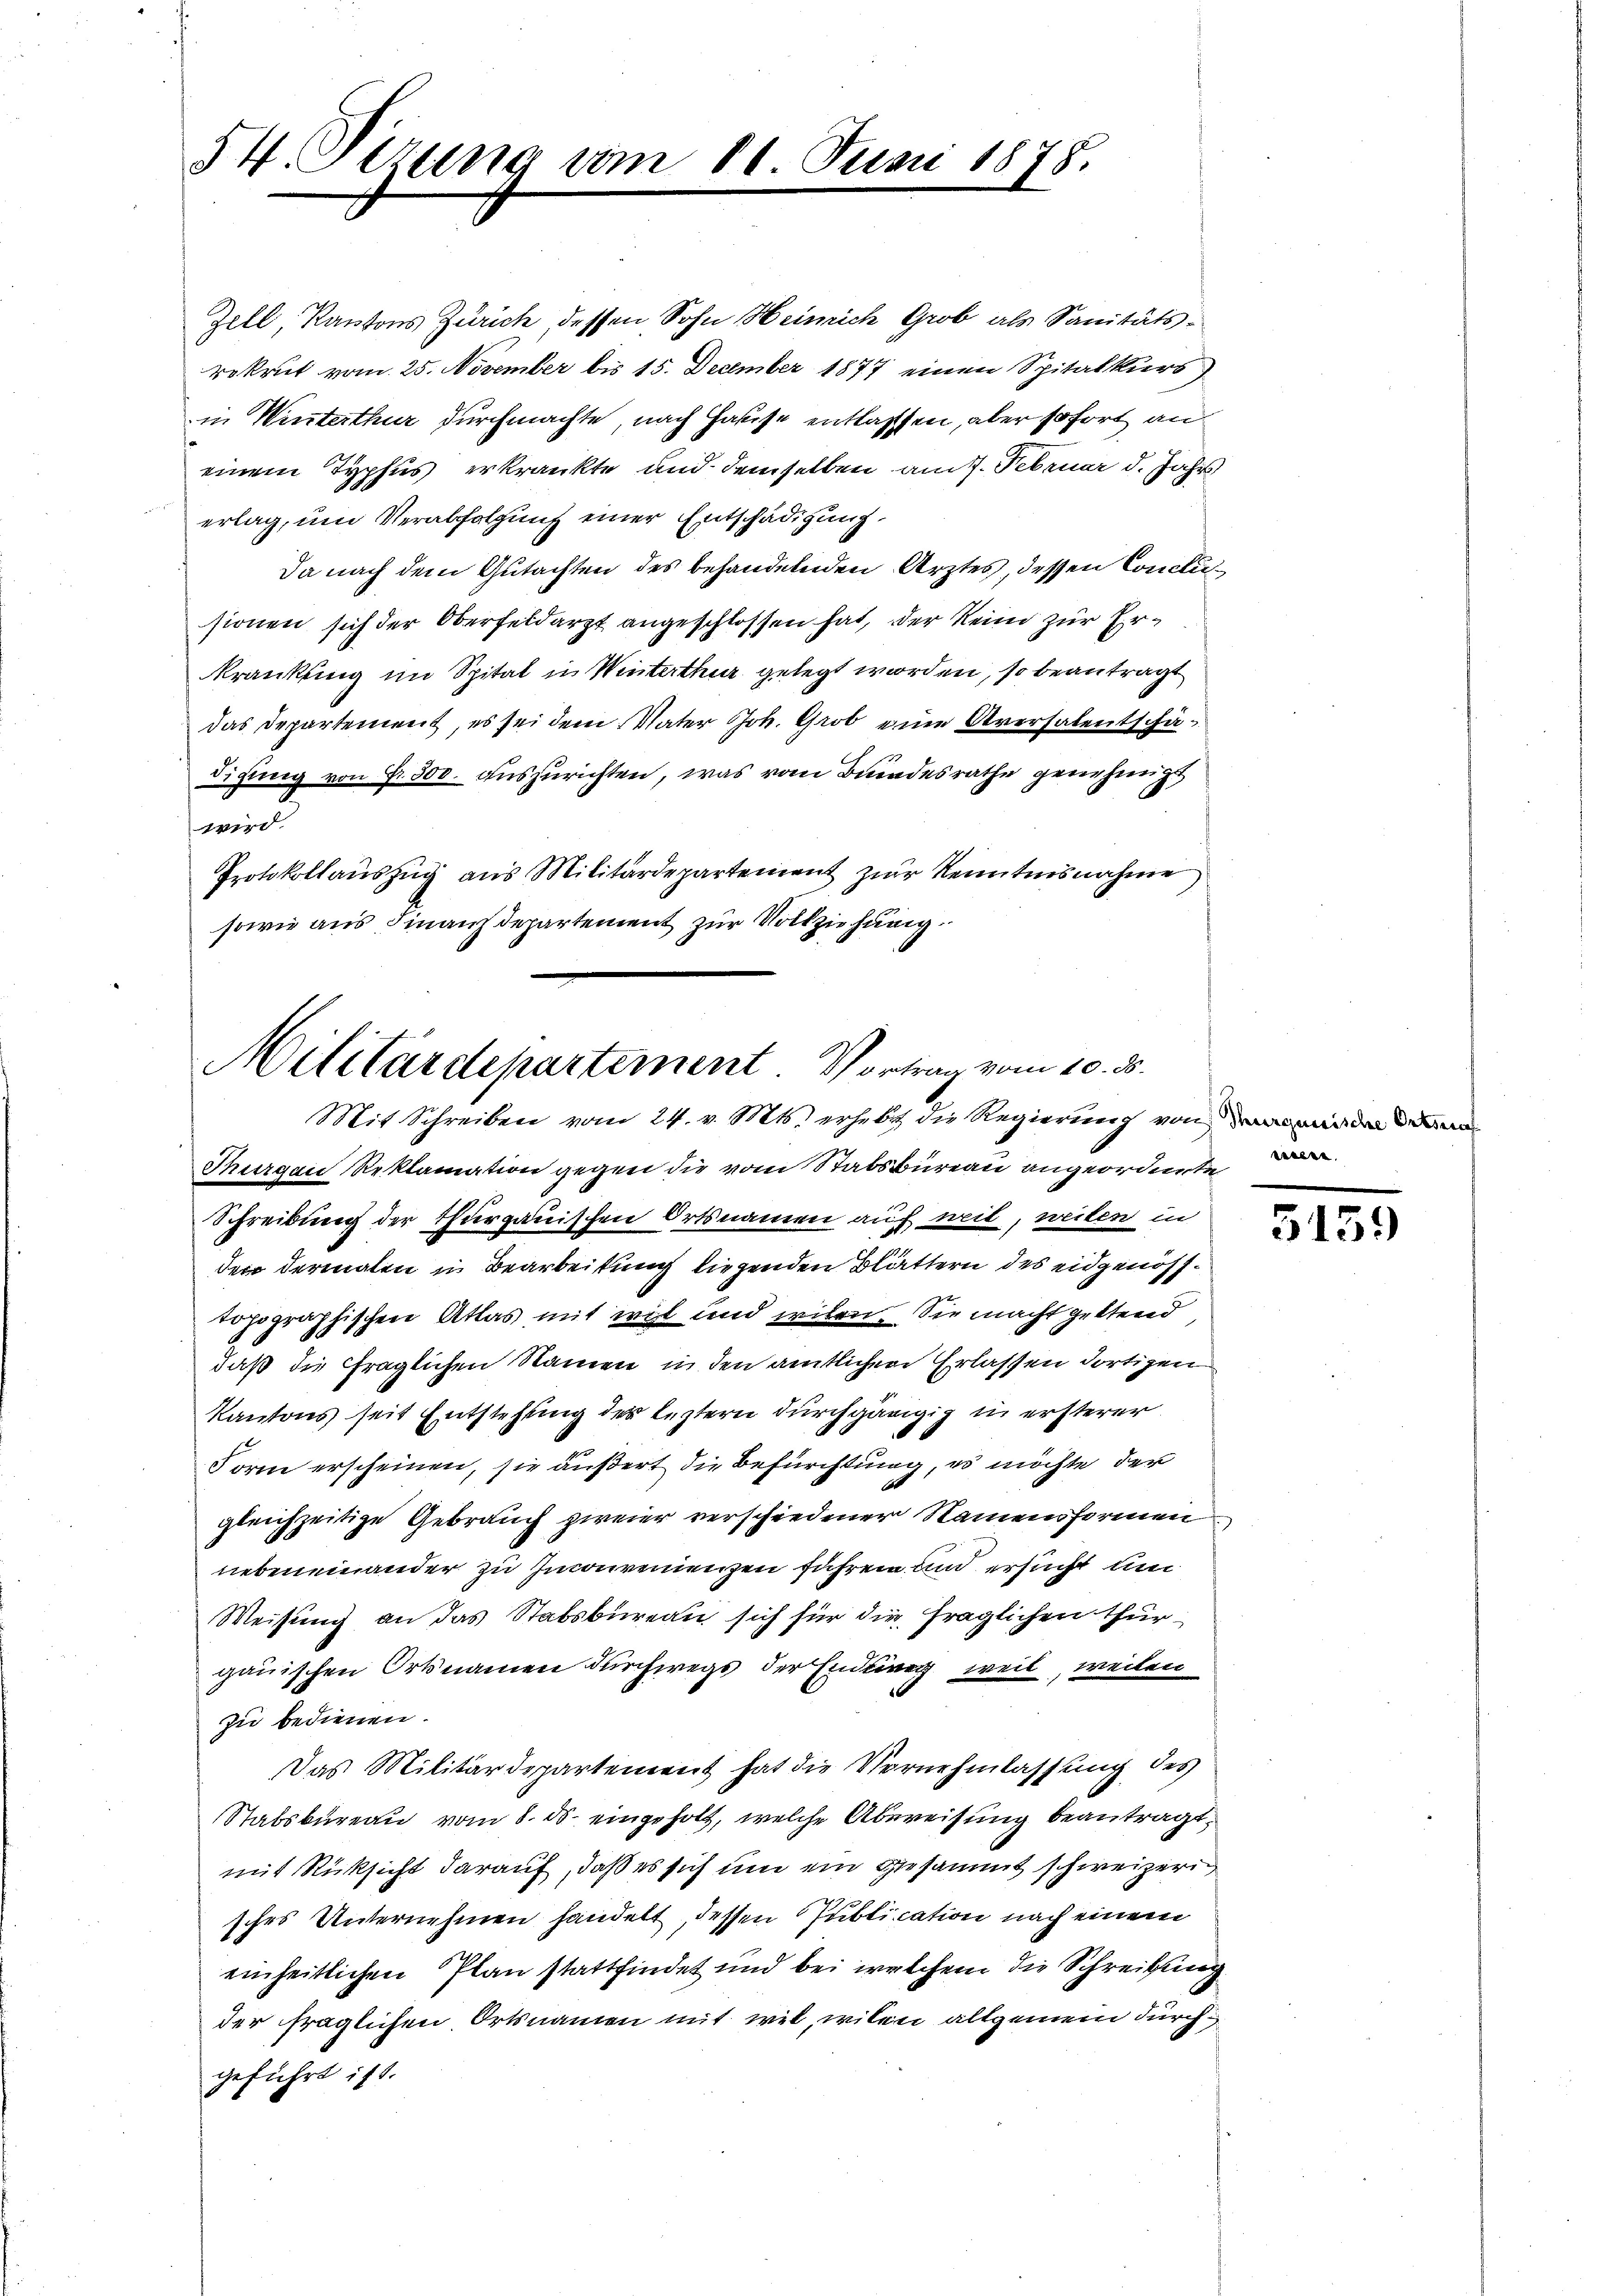
54. Sizung vom 11. Juni 1878.

Zell, Kantons Zürich, dessen Sohn Heinrich Grob als Sanitätsrekrut vom 25. November bis 15. December 1877 einen Spitalkurs
in Winterthur durchmachte, nach Hause entlassen, aber sofort an
einem Typhus erkränkte und demselben am 7. Februar d. Jahrs
erlag, um Verabfolgung einer Entschädigung
Da nach dem Gutachten des behandelnden Arztes, dessen Conclusionen sich der Oberfeldarzt angeschlossen hat, der Rein zur Erkrankung im Spital in Wintertha gelegt worden, so beantragt
das Departement, es sei dem Vater Joh. Grob eine Aversalentschädigung von Fr. 300. auszurichten, was vom Bundesrathe genehmigt
wird.
Protokollaŭszŭg aus Militärdepartement zur Kenntnisnahme
sowie aus Finanzdepartement zur Vollziehung

Militärdepartement. Vortrag vom 10. ds.
Mit Schreiben vom 24. v. Mts. erhebt die Regierung von der

Thurgau Reklamation gegen die vom Stabsbureau angeordnete d
Schreibung der Thurgauischen Ortsnamen auf weit, weiten in
der dermalen in Bearbeitung liegenden Blättern des eidgenösstopographischen Atlas mit wil und wilen. Sie macht geltend
daß die fraglichen Namen in den amtlichen Erlassen dortigen
Kantons seit Entstehung der leztern durchgängig in ersterer
Form erscheinen, sie äußert die Befürchtung, es möchte der
gleichzeitige Gebrauch zweier verschiedener Namensformennebeneinander zu Inconvenienzen führen und ersucht un
Weisung an das Stabsbureau sich für die fraglichen Thurgauischen Ortnamen durchwegs der Endig weil, weilen
zu bedienen.
Das Militärdepartement hat die Vernehmlassung des
Stabsbureau vom 8. ds. eingeholt, welche Abereisung beantragt,
mit Rücksicht darauf, daß es sich um ein gesammt schweizern,
sches Unternehmen handelt, dessen Publication nach einem
einheitlichen Plan stattfindet und bei welchem die Schreibung
der fraglichen Ortsnamen mit wil, wilen allgemein durch
geführt ist.

3159